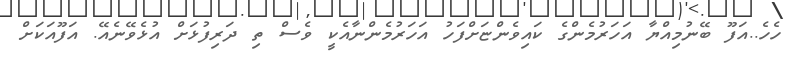
ހެހެ..އަފޫ ބޭނުމިއްޔާ އަހަރުމެންގެ ކައިވެންޏަށްފަހު އަހަރުމެންނާއެކީ ވެސް ތި ދަރިފުޅަށް އުޅެވޭނެއޭ. އަފޫއަކަށް